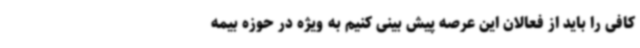
کافی را باید از فعالان این عرصه پیش بینی کنیم به ویژه در حوزه بیمه